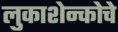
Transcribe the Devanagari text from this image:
लुकाशेन्कोचे